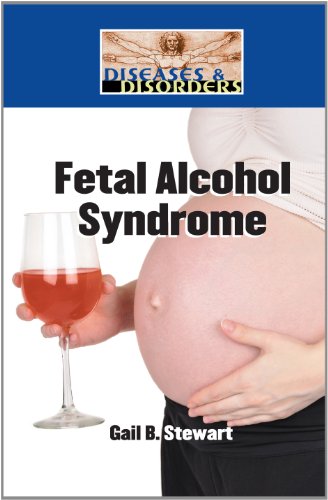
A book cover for Fetal Alcohol Syndrome (Diseases and Disorders); Gail B Stewart; Teen & Young Adult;